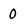
Character: 0